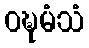
ဝဍ္ဎမံသံ